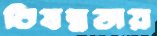
বিষন্নতায়